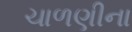
ચાળણીના